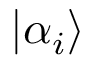
| { \alpha _ { i } } \rangle